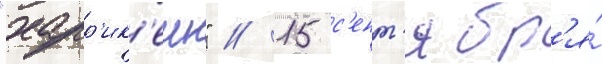
"харр'ик'еин" // 15 с'ент'ябр'я́